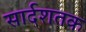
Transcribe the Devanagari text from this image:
सार्दशतक